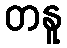
တနူ